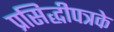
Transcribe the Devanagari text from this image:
प्रसिद्धीपत्रके